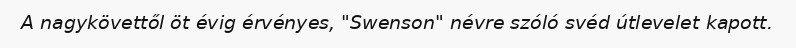
A nagykövettől öt évig érvényes, "Swenson" névre szóló svéd útlevelet kapott.